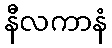
နီလကာနံ